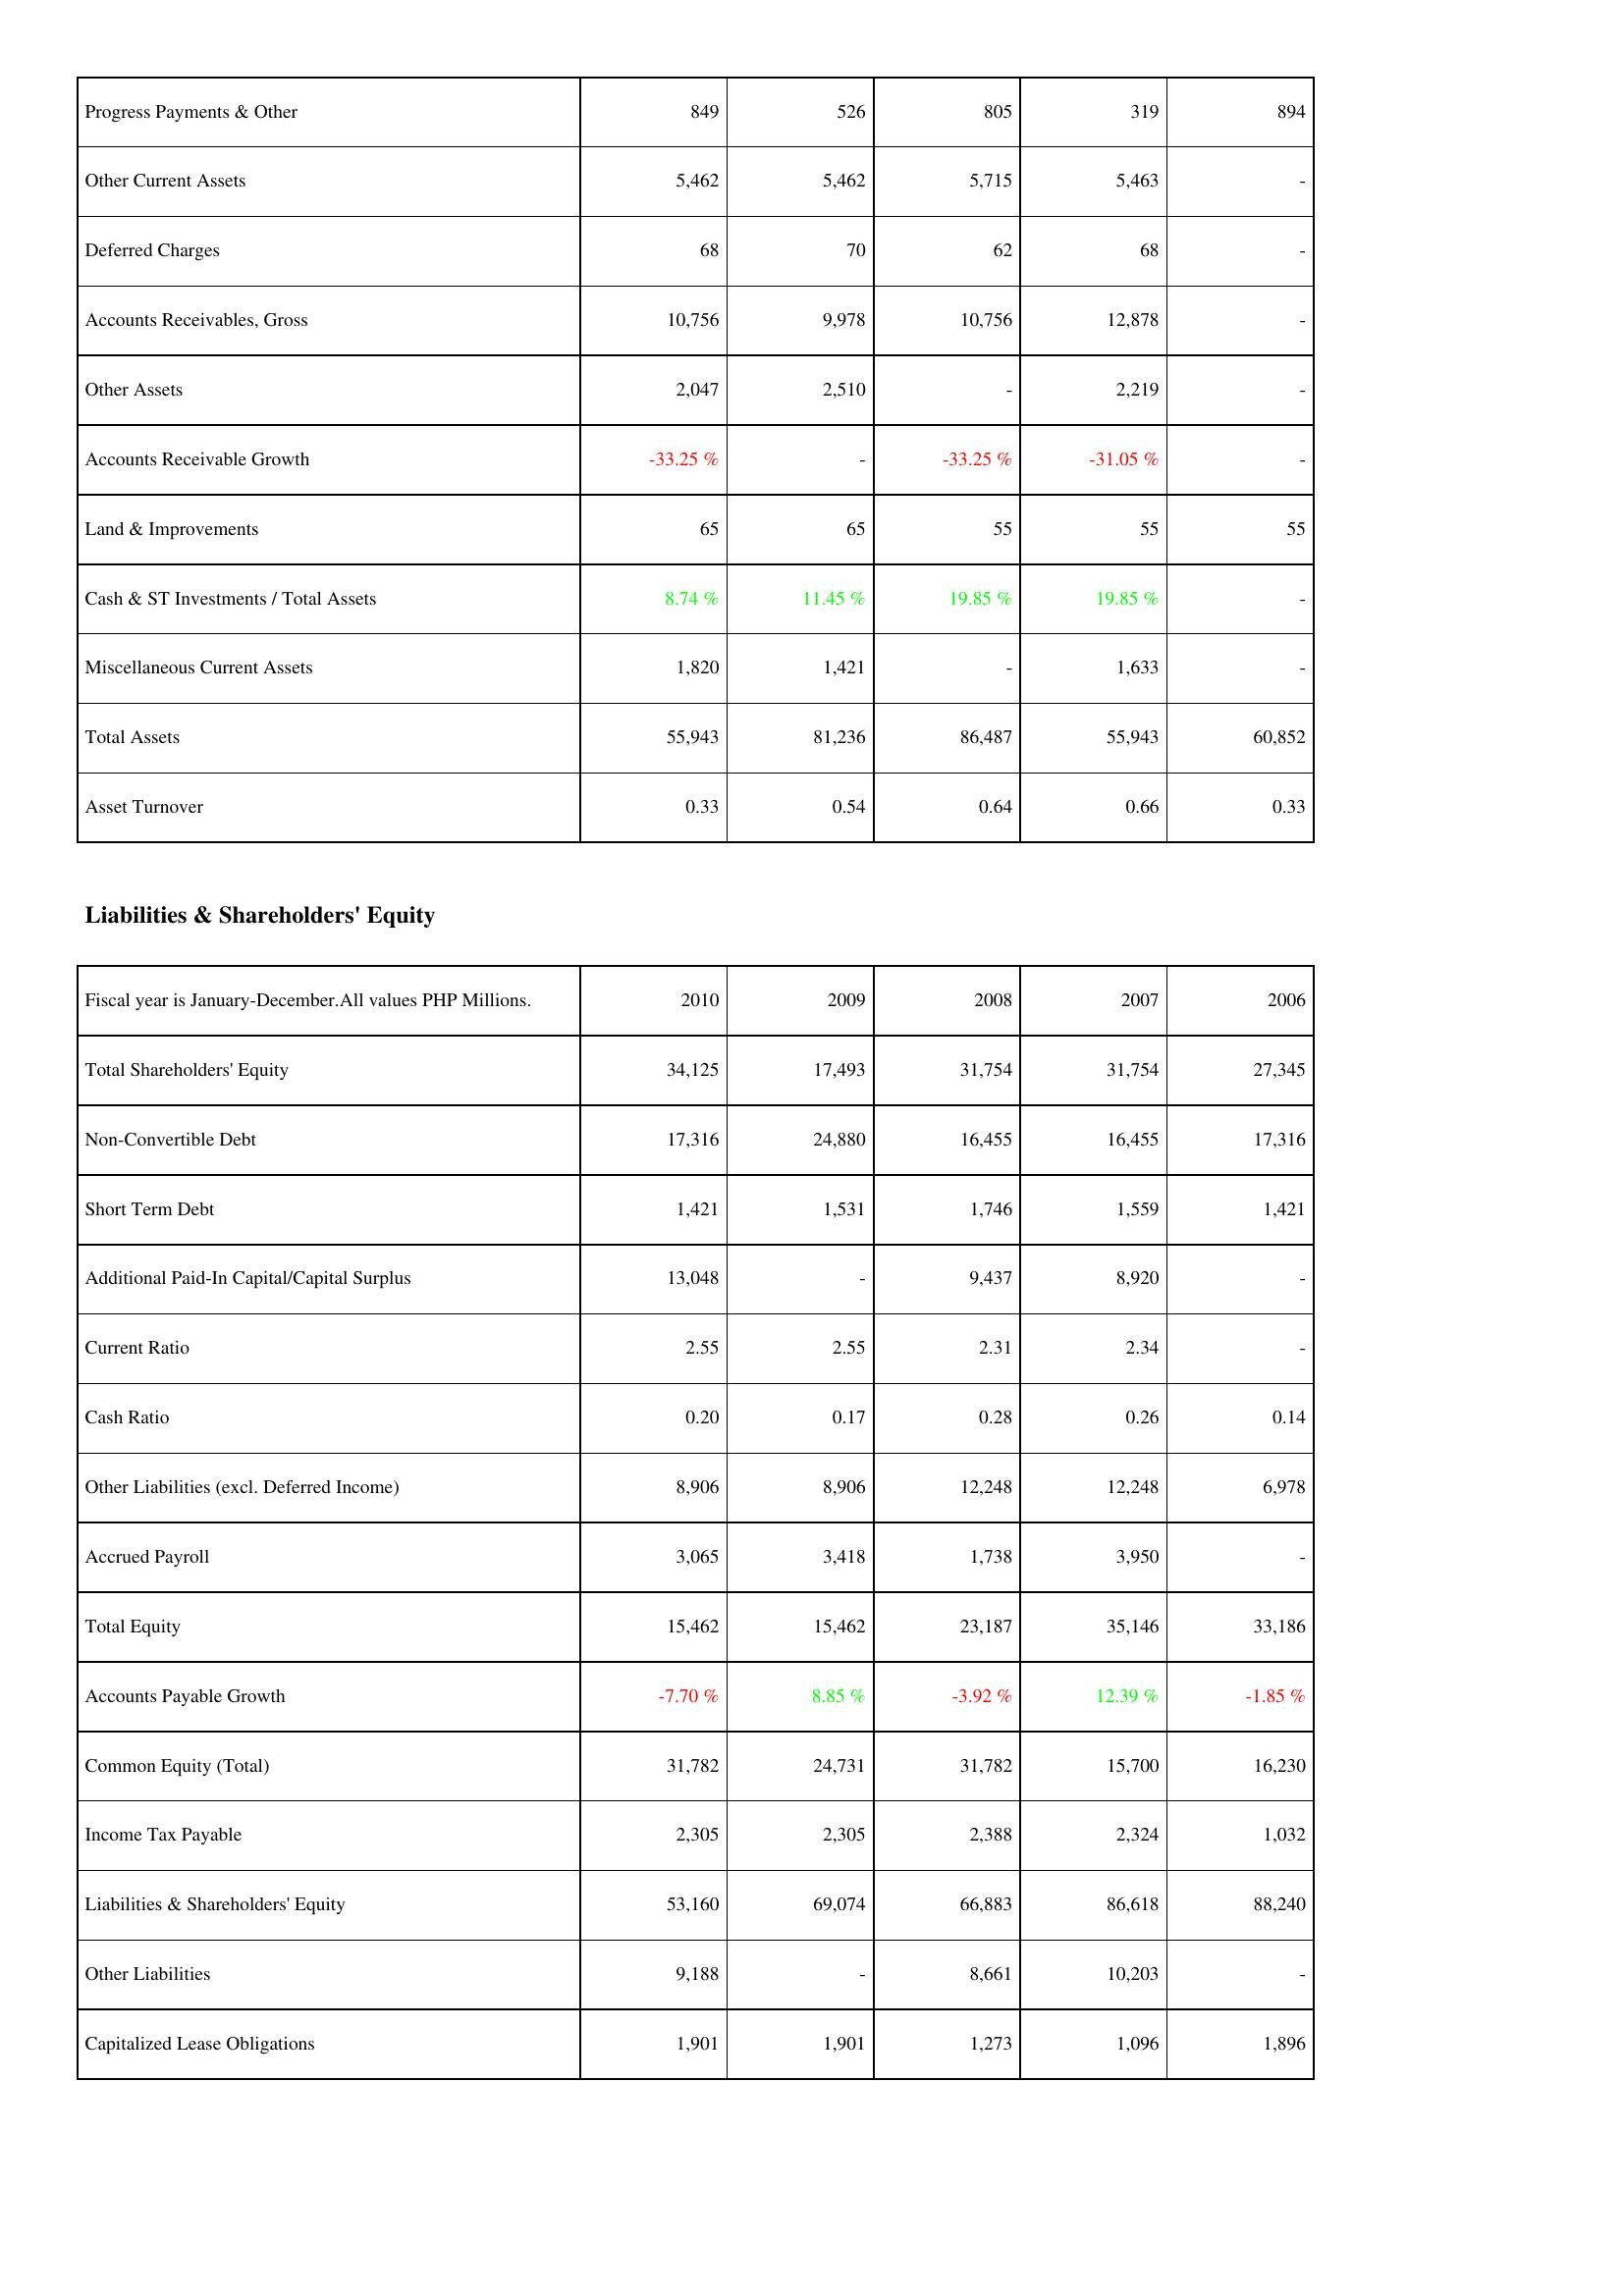
2010: Assets: Progress Payments & Other: 849
Other Current Assets: 5,462
Deferred Charges: 68
Accounts Receivables, Gross: 10,756
Other Assets: 2,047
Accounts Receivable Growth: -33.25 %
Land & Improvements: 65
Cash & ST Investments / Total Assets: 8.74 %
Miscellaneous Current Assets: 1,820
Total Assets: 55,943
Asset Turnover: 0.33
Liabilities & Shareholders' Equity: Total Shareholders' Equity: 34,125
Non-Convertible Debt: 17,316
Short Term Debt: 1,421
Additional Paid-In Capital/Capital Surplus: 13,048
Current Ratio: 2.55
Cash Ratio: 0.20
Other Liabilities (excl. Deferred Income): 8,906
Accrued Payroll: 3,065
Total Equity: 15,462
Accounts Payable Growth: -7.70 %
Common Equity (Total): 31,782
Income Tax Payable: 2,305
Liabilities & Shareholders' Equity: 53,160
Other Liabilities: 9,188
Capitalized Lease Obligations: 1,901
2009: Assets: Progress Payments & Other: 526
Other Current Assets: 5,462
Deferred Charges: 70
Accounts Receivables, Gross: 9,978
Other Assets: 2,510
Accounts Receivable Growth: -
Land & Improvements: 65
Cash & ST Investments / Total Assets: 11.45 %
Miscellaneous Current Assets: 1,421
Total Assets: 81,236
Asset Turnover: 0.54
Liabilities & Shareholders' Equity: Total Shareholders' Equity: 17,493
Non-Convertible Debt: 24,880
Short Term Debt: 1,531
Additional Paid-In Capital/Capital Surplus: -
Current Ratio: 2.55
Cash Ratio: 0.17
Other Liabilities (excl. Deferred Income): 8,906
Accrued Payroll: 3,418
Total Equity: 15,462
Accounts Payable Growth: 8.85 %
Common Equity (Total): 24,731
Income Tax Payable: 2,305
Liabilities & Shareholders' Equity: 69,074
Other Liabilities: -
Capitalized Lease Obligations: 1,901
2008: Assets: Progress Payments & Other: 805
Other Current Assets: 5,715
Deferred Charges: 62
Accounts Receivables, Gross: 10,756
Other Assets: -
Accounts Receivable Growth: -33.25 %
Land & Improvements: 55
Cash & ST Investments / Total Assets: 19.85 %
Miscellaneous Current Assets: -
Total Assets: 86,487
Asset Turnover: 0.64
Liabilities & Shareholders' Equity: Total Shareholders' Equity: 31,754
Non-Convertible Debt: 16,455
Short Term Debt: 1,746
Additional Paid-In Capital/Capital Surplus: 9,437
Current Ratio: 2.31
Cash Ratio: 0.28
Other Liabilities (excl. Deferred Income): 12,248
Accrued Payroll: 1,738
Total Equity: 23,187
Accounts Payable Growth: -3.92 %
Common Equity (Total): 31,782
Income Tax Payable: 2,388
Liabilities & Shareholders' Equity: 66,883
Other Liabilities: 8,661
Capitalized Lease Obligations: 1,273
2007: Assets: Progress Payments & Other: 319
Other Current Assets: 5,463
Deferred Charges: 68
Accounts Receivables, Gross: 12,878
Other Assets: 2,219
Accounts Receivable Growth: -31.05 %
Land & Improvements: 55
Cash & ST Investments / Total Assets: 19.85 %
Miscellaneous Current Assets: 1,633
Total Assets: 55,943
Asset Turnover: 0.66
Liabilities & Shareholders' Equity: Total Shareholders' Equity: 31,754
Non-Convertible Debt: 16,455
Short Term Debt: 1,559
Additional Paid-In Capital/Capital Surplus: 8,920
Current Ratio: 2.34
Cash Ratio: 0.26
Other Liabilities (excl. Deferred Income): 12,248
Accrued Payroll: 3,950
Total Equity: 35,146
Accounts Payable Growth: 12.39 %
Common Equity (Total): 15,700
Income Tax Payable: 2,324
Liabilities & Shareholders' Equity: 86,618
Other Liabilities: 10,203
Capitalized Lease Obligations: 1,096
2006: Assets: Progress Payments & Other: 894
Other Current Assets: -
Deferred Charges: -
Accounts Receivables, Gross: -
Other Assets: -
Accounts Receivable Growth: -
Land & Improvements: 55
Cash & ST Investments / Total Assets: -
Miscellaneous Current Assets: -
Total Assets: 60,852
Asset Turnover: 0.33
Liabilities & Shareholders' Equity: Total Shareholders' Equity: 27,345
Non-Convertible Debt: 17,316
Short Term Debt: 1,421
Additional Paid-In Capital/Capital Surplus: -
Current Ratio: -
Cash Ratio: 0.14
Other Liabilities (excl. Deferred Income): 6,978
Accrued Payroll: -
Total Equity: 33,186
Accounts Payable Growth: -1.85 %
Common Equity (Total): 16,230
Income Tax Payable: 1,032
Liabilities & Shareholders' Equity: 88,240
Other Liabilities: -
Capitalized Lease Obligations: 1,896